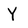
Character: Y